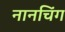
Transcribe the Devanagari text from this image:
नानचिंग